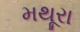
મથૂરા